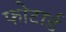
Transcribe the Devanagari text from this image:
फोटार्ड